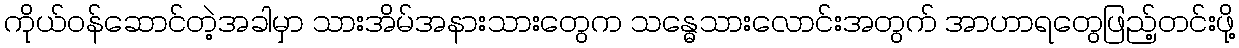
ကိုယ်ဝန်ဆောင်တဲ့အခါမှာ သားအိမ်အနားသားတွေက သန္ဓေသားလောင်းအတွက် အာဟာရတွေဖြည့်တင်းဖို့